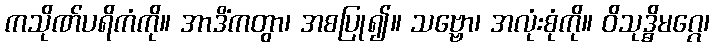
ကသိုဏ်ပရိကံကို။ အာဒိံကတွာ၊ အစပြု၍။ သဗ္ဗော၊ အလုံးစုံကို။ ဝိသုဒ္ဓိမဂ္ဂေ၊